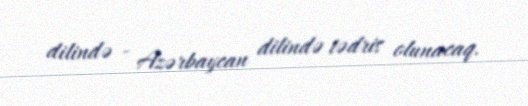
dilində - Azərbaycan dilində tədris olunacaq.